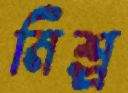
মিশ্র্র